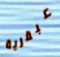
عبقرية